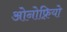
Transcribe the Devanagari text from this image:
ओनोफ़्रियो